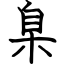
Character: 臬